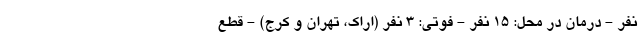
نفر - درمان در محل: ۱۵ نفر - فوتی: ۳ نفر (اراک، تهران و کرج) - قطع